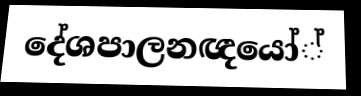
දේශපාලනඥයෝ්